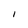
Character: 1